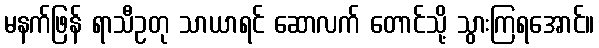
မနက်ဖြန် ရာသီဥတု သာယာရင် ဆောလက် တောင်သို့ သွားကြရအောင်။